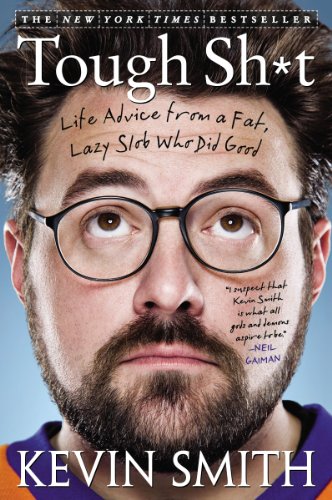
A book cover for Tough Sh*t: Life Advice from a Fat, Lazy Slob Who Did Good; Kevin Smith; Humor & Entertainment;